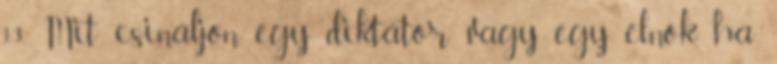
13. Mit csináljon egy diktátor vagy egy elnök, ha